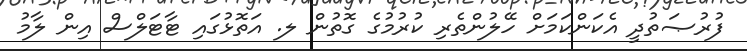
ފުރުޞަތުދީ އެކަންކަމަށް ހޭލުންތެރި ކުރުމުގެ ގޮތުން ލ. އަތޮޅުގައި ޓާޓަލްސް އިން ލާމު